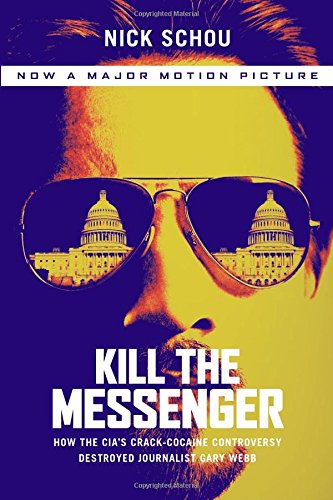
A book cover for Kill the Messenger (Movie Tie-In Edition): How the CIA's Crack-Cocaine Controversy Destroyed Journalist Gary Webb; Nick Schou; Biographies & Memoirs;